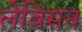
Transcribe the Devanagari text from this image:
लेविसन